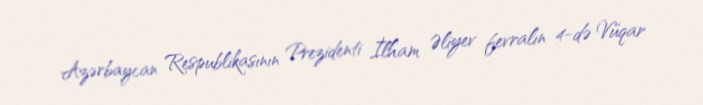
Azərbaycan Respublikasının Prezidenti İlham Əliyev fevralın 4-də Vüqar